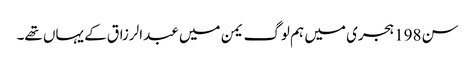
سن198 ہجری میں ہم لوگ یمن میں عبدالرزاق کے یہاں تھے۔